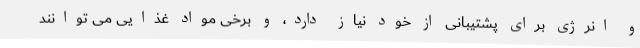
و انرژی برای پشتیبانی از خود نیاز دارد، و برخی مواد غذایی می توانند